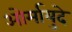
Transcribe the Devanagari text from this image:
ओर्मायुदे